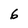
Character: 6